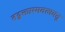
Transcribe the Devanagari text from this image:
तद्वक्तारमवत्ववतु